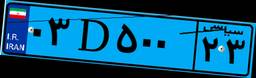
۰۳D۵۰۰۲۳